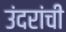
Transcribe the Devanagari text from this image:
उंदरांची